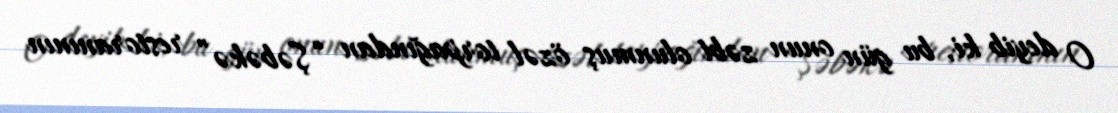
O deyib ki, bu gün onun zəbt olunmuş özəl torpağından “Şəbəkə” restoranının